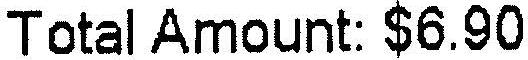
TOTAL AMOUNT:$6.90